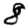
Digit: 8